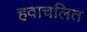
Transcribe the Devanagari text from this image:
हवाचलित